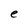
Character: e